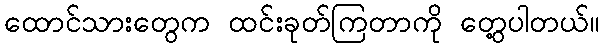
ထောင်သားတွေက ထင်းခုတ်ကြတာကို တွေ့ပါတယ်။